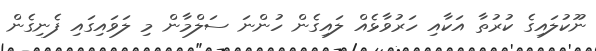
ނޫކުލައިގެ ކުރުތާ އަކާއި ހަރުވާޅެއް ލައިގެން ހުންނަ ސަލްމާން މި ލަވައިގައި ފެނިގެން